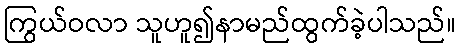
ကြွယ်ဝလာ သူဟူ၍နာမည်ထွက်ခဲ့ပါသည်။